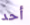
أحد